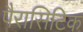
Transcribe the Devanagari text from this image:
पैरासिटिक